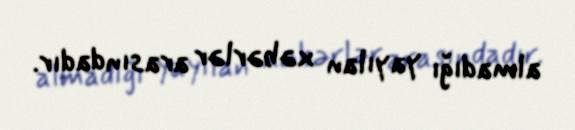
almadığı yayılan xəbərlər arasındadır.